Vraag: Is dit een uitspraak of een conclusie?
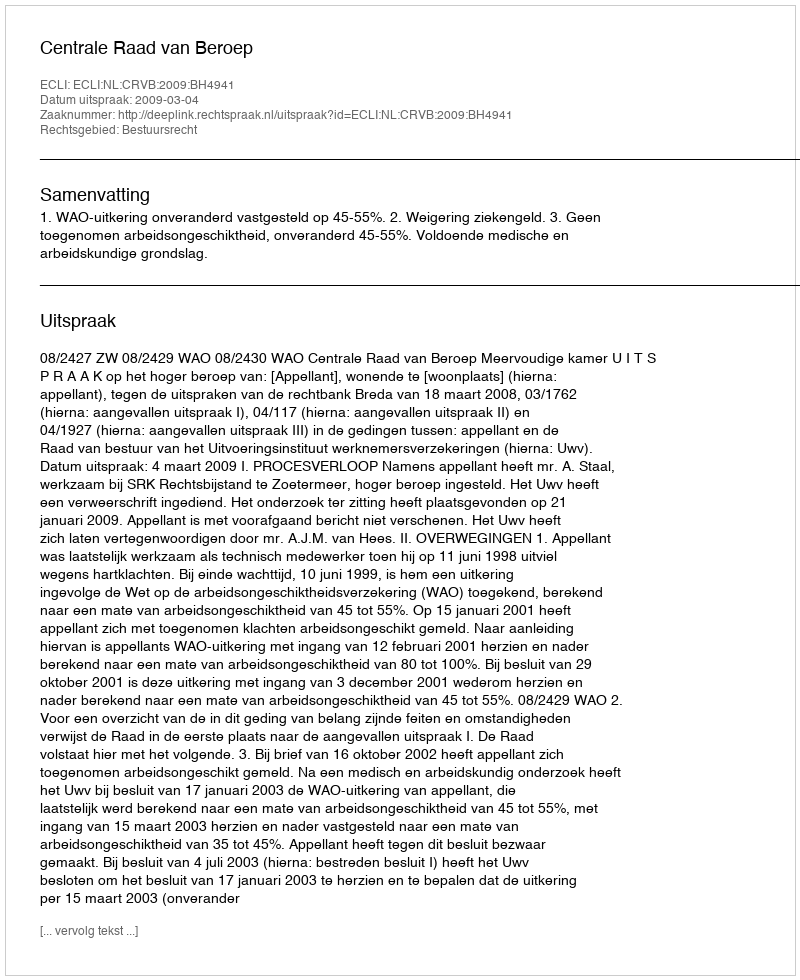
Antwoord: Uitspraak